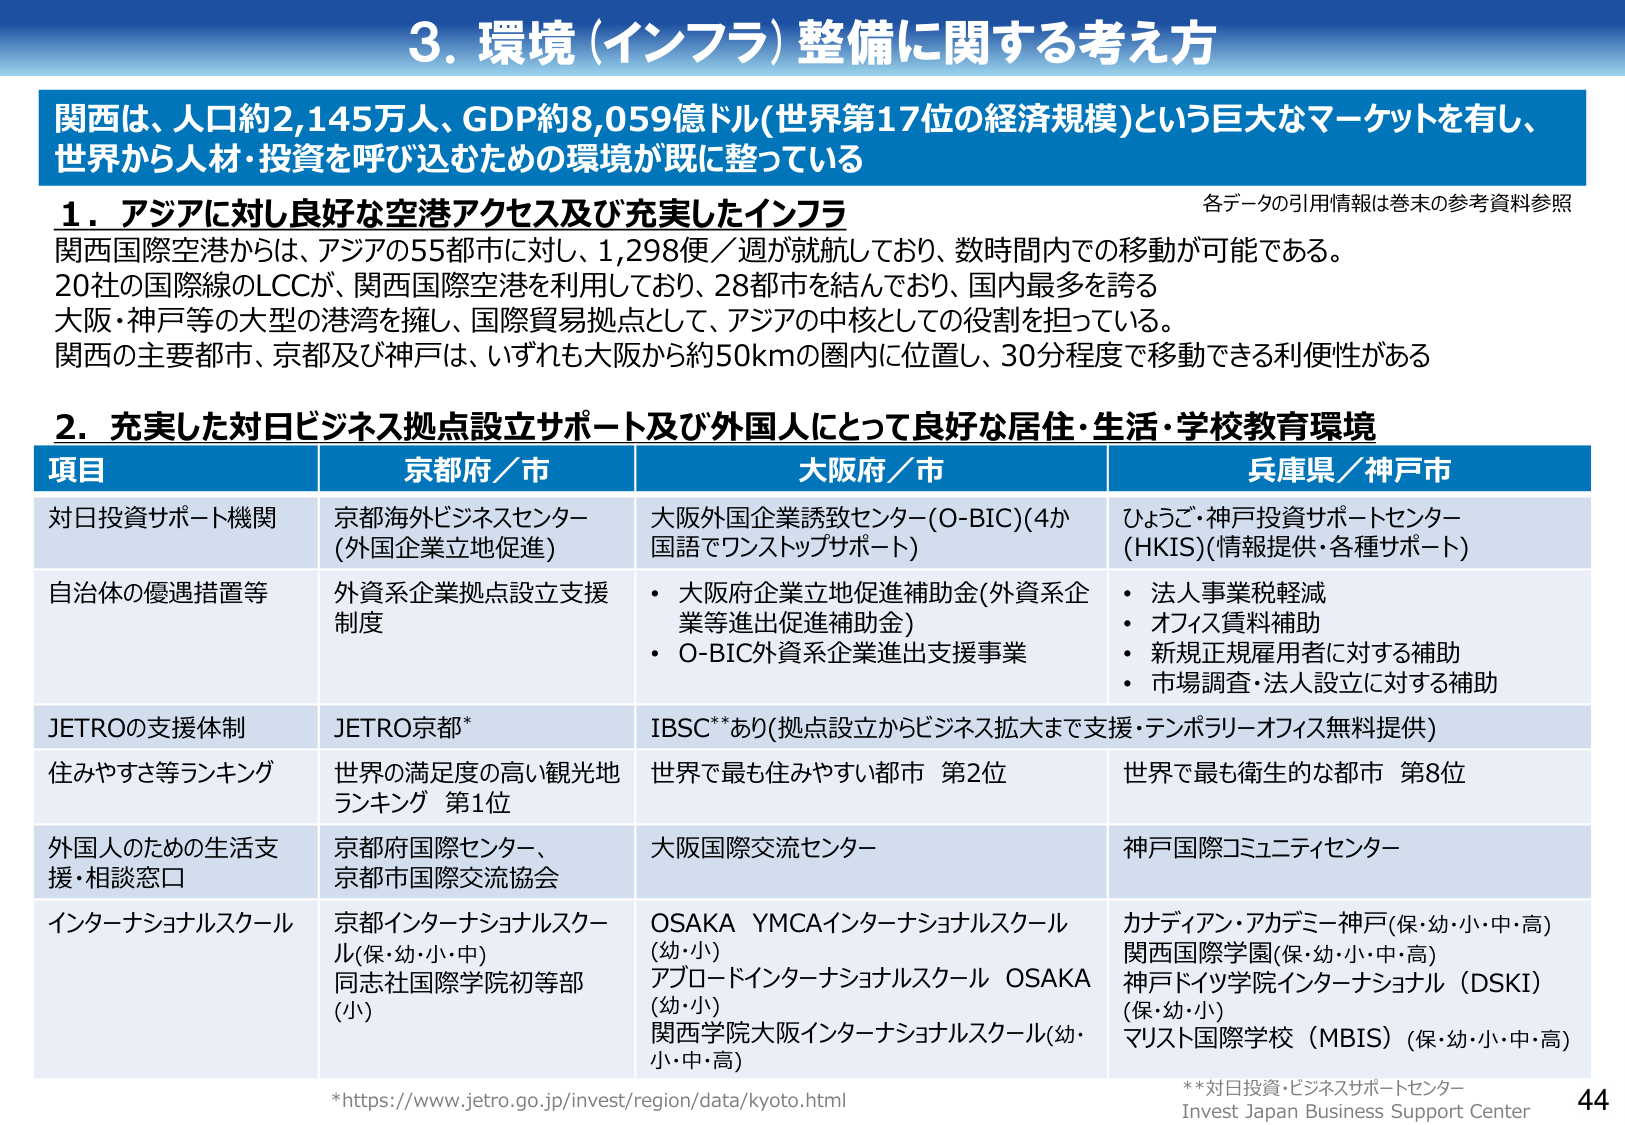
3. 環境（インフラ）整備に関する考え方

関西は、人口約2,145万人、GDP約8,059億ドル(世界第17位の経済規模)という巨大なマーケットを有し、世界から人材・投資を呼び込むための環境が既に整っている

1. アジアに対し良好な空港アクセス及び充実したインフラ
関西国際空港からは、アジアの55都市に対し、1,298便／週が就航しており、数時間内での移動が可能である。
20社の国際線のLCCが、関西国際空港を利用しており、28都市を結んでおり、国内最多を誇る
大阪・神戸等の大型の港湾を擁し、国際貿易拠点として、アジアの中核としての役割を担っている。
関西の主要都市、京都及び神戸は、いずれも大阪から約50kmの圏内に位置し、30分程度で移動できる利便性がある

2. 充実した対日ビジネス拠点設立サポート及び外国人にとって良好な居住・生活・学校教育環境

項目　　　　　　　　　京都府／市　　　　　　　　　大阪府／市　　　　　　　　　兵庫県／神戸市
対日投資サポート機関　京都海外ビジネスセンター　　大阪外国企業誘致センター(O-BIC)(4か　ひょうご・神戸投資サポートセンター
　　　　　　　　　　　(外国企業立地促進)　　　　国語でワンストップサポート)　　(HKIS)(情報提供・各種サポート)
自治体の優遇措置等　　外資系企業拠点設立支援　　・大阪府企業立地促進補助金(外資系企　・法人事業税軽減
　　　　　　　　　　　制度　　　　　　　　　　　業等進出促進補助金)　　　　　　・オフィス賃料補助
　　　　　　　　　　　　　　　　　　　　　　　　・O-BIC外資系企業進出支援事業　　・新規正規雇用者に対する補助
　　　　　　　　　　　　　　　　　　　　　　　　　　　　　　　　　　　　　　　　・市場調査・法人設立に対する補助
JETROの支援体制　　　JETRO京都*　　　　　　　　IBSC**あり(拠点設立からビジネス拡大まで支援・テンポラリーオフィス無料提供)
住みやすさ等ランキング　世界の満足度の高い観光地　世界で最も住みやすい都市 第2位　　世界で最も衛生的な都市 第8位
　　　　　　　　　　　ランキング 第1位
外国人のための生活支　京都府国際センター、　　　大阪国際交流センター　　　　　　神戸国際コミュニティセンター
援・相談窓口　　　　　京都市国際交流協会
インターナショナルスクール　京都インターナショナルスクール(保・幼・小・中)　　OSAKA YMCAインターナショナルスクール(幼・小)　　カナディアン・アカデミー神戸(保・幼・小・中・高)
　　　　　　　　　　　同志社国際学院初等部(小)　アブロードインターナショナルスクール OSAKA(幼・小)　　関西国際学園(保・幼・小・中・高)
　　　　　　　　　　　　　　　　　　　　　　　　関西学院大阪インターナショナルスクール(幼・小・中・高)　神戸ドイツ学院インターナショナル（DSKI）(保・幼・小)
　　　　　　　　　　　　　　　　　　　　　　　　　　　　　　　　　　　　　　　　マリスト国際学校（MBIS）(保・幼・小・中・高)

*https://www.jetro.go.jp/invest/region/data/kyoto.html
**対日投資・ビジネスサポートセンター
Invest Japan Business Support Center

各データの引用情報は巻末の参考資料参照

44